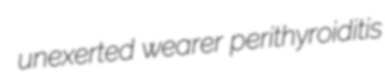
unexerted wearer perithyroiditis